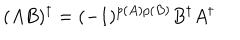
( A B ) ^ { \dagger } = ( - 1 ) ^ { p ( A ) p ( B ) } B ^ { \dagger } A ^ { \dagger }